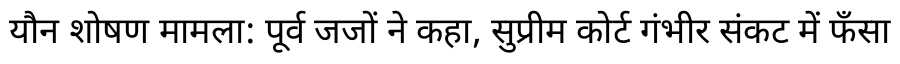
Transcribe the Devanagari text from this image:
यौन शोषण मामला: पूर्व जजों ने कहा, सुप्रीम कोर्ट गंभीर संकट में फँसा